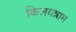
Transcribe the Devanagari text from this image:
किलयन्नाम